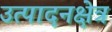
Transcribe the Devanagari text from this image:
उत्पादनक्षेत्र